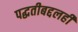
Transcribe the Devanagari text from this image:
पद्धतीबद्दलही